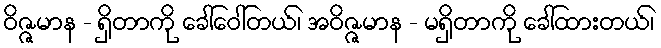
ဝိဇ္ဇမာန - ရှိတာကို ခေါ်ဝေါ်တယ်၊ အဝိဇ္ဇမာန - မရှိတာကို ခေါ်ထားတယ်၊